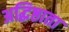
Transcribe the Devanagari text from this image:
अद्धिष्ठाता